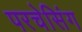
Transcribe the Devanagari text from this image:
परचेसिंग